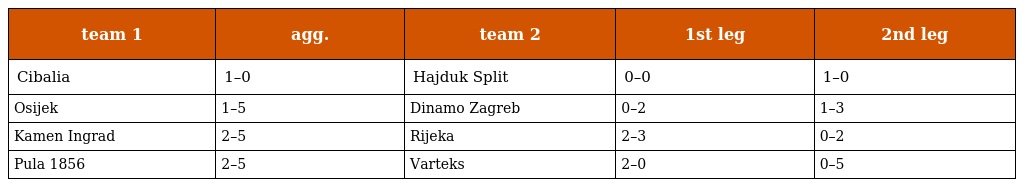
| team 1 | agg. | team 2 | 1st leg | 2nd leg |
 | --- | --- | --- | --- | --- |
 | Cibalia | 1–0 | Hajduk Split | 0–0 | 1–0 |
 | Osijek | 1–5 | Dinamo Zagreb | 0–2 | 1–3 |
 | Kamen Ingrad | 2–5 | Rijeka | 2–3 | 0–2 |
 | Pula 1856 | 2–5 | Varteks | 2–0 | 0–5 |